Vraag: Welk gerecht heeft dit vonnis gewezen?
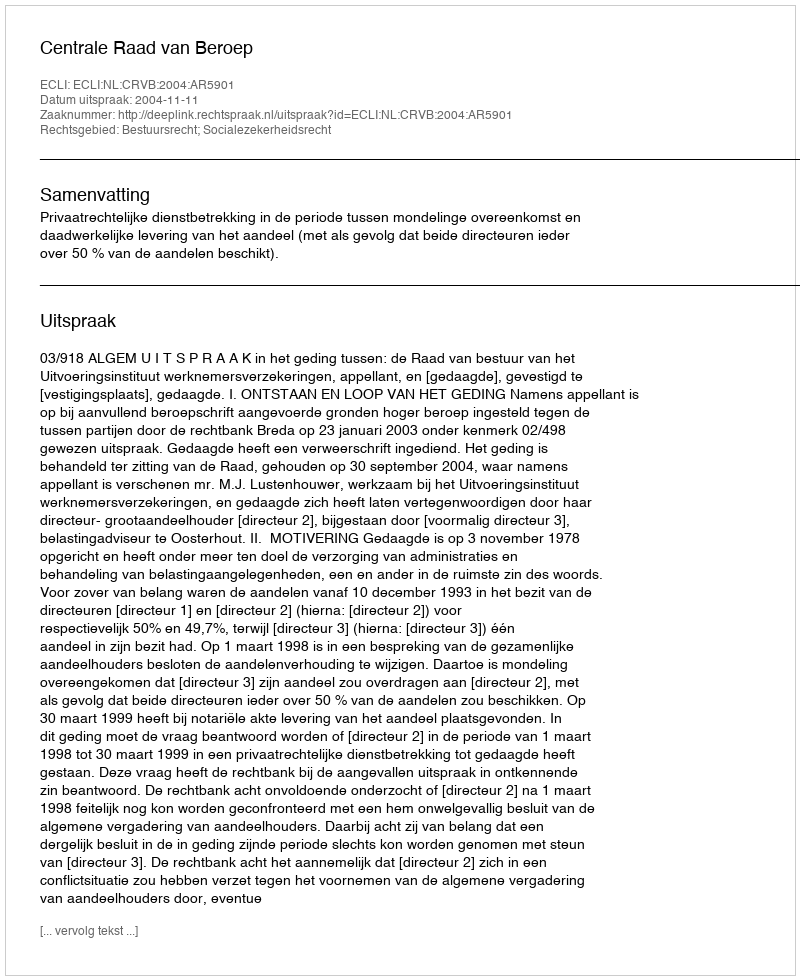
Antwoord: Centrale Raad van Beroep